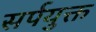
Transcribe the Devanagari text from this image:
सर्पयुक्त